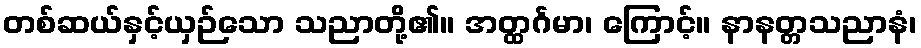
တစ်ဆယ်နှင့်ယှဉ်သော သညာတို့၏။ အတ္ထင်္ဂမာ၊ ကြောင့်။ နာနတ္တသညာနံ၊